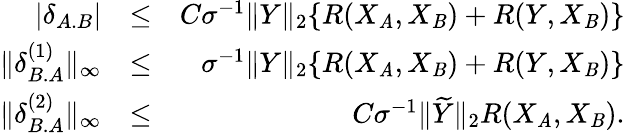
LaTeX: \begin{array}{rlr}{|\delta_{A.B}|}&{\leq}&{C\sigma^{-1}\| Y\| _{2}\{ R(X_{\mathit{A}},X_{\mathit{B}})+R(Y,X_{\mathit{B}})\} }\\ {\| \delta_{B.A}^{(1)}\| _{\infty}}&{\leq}&{\sigma^{-1}\| Y\| _{2}\{ R(X_{\mathit{A}},X_{\mathit{B}})+R(Y,X_{\mathit{B}})\} }\\ {\| \delta_{B.A}^{(2)}\| _{\infty}}&{\leq}&{C\sigma^{-1}\| \widetilde{Y}\| _{2}R(X_{\mathit{A}},X_{\mathit{B}}).}\end{array}